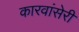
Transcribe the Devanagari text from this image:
कारवांसेरी